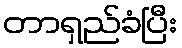
တာရှည်ခံပြီး